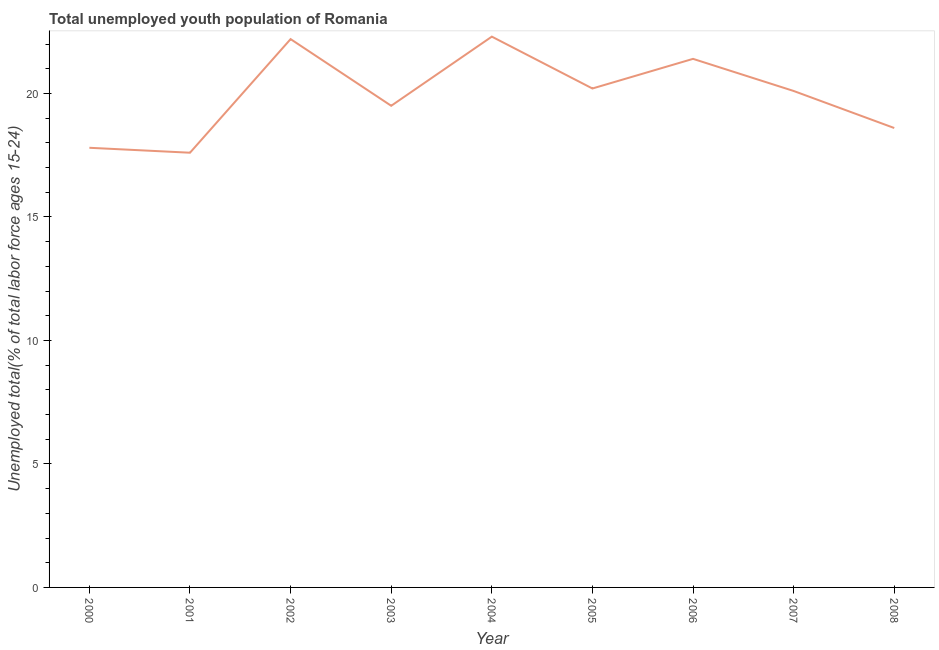
| Year | Unemployment youth total |
 | --- | --- |
 | 2000 | 17.8 |
 | 2001 | 17.6 |
 | 2002 | 22.2 |
 | 2003 | 19.5 |
 | 2004 | 22.3 |
 | 2005 | 20.2 |
 | 2006 | 21.4 |
 | 2007 | 20.1 |
 | 2008 | 18.6 |